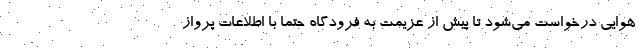
هوایی درخواست می‌شود تا پیش از عزیمت به فرودگاه حتماً با اطلاعات پرواز